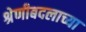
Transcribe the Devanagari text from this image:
श्रेणीबदलाच्या